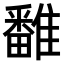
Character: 𩀷